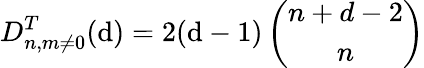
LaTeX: D_{n,m\neq0}^{T}(\mathrm{d})=2(\mathrm{d}-1)\left(\begin{array}{c}{{n+d-2}}\\ {{n}}\end{array}\right)